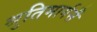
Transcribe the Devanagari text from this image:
श्रुतिमार्गसँ